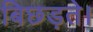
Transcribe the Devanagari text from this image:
बिछड़ते।